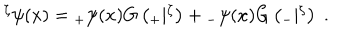
{ } ^ { \zeta } \psi ( x ) = { } _ { + } \psi ( x ) G \left( { } _ { + } | { } ^ { \zeta } \right) + { } _ { - } \psi ( x ) G \left( { } _ { - } | { } ^ { \zeta } \right) \; .